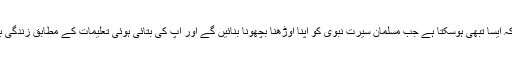
انہوں نے کہا کہ ایسا تبھی ہوسکتا ہے جب مسلمان سیرت نبوی کو اپنا اوڑھنا بچھونا بنائیں گے اور آپ کی بتائی ہوئی تعلیمات کے مطابق زندگی بسر کریں گے۔